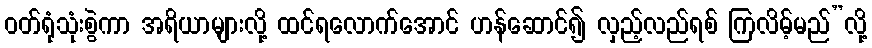
ဝတ်ရုံသုံးစွဲကာ အရိယာများလို့ ထင်ရလောက်အောင် ဟန်ဆောင်၍ လှည့်လည်ရစ် ကြလိမ့်မည်”လို့